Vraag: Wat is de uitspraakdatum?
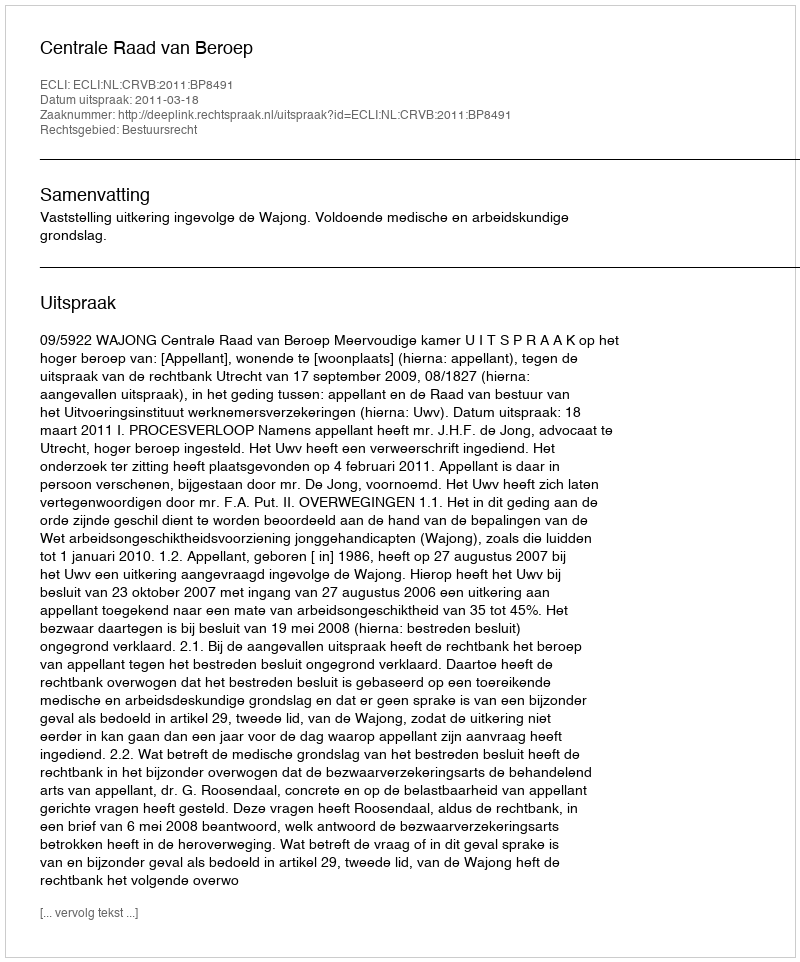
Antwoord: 2011-03-18